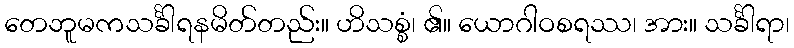
တေဘူမကသင်္ခါရနမိတ်တည်း။ ဟိသစ္စံ၊ ၏။ ယောဂါဝစရဿ၊ အား။ သင်္ခါရာ၊